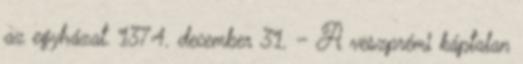
az egyházat. 1374. december 31. – A veszprémi káptalan